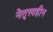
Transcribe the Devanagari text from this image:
नेतृत्त्वहीन